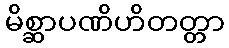
မိစ္ဆာပဏိဟိတတ္တာ